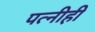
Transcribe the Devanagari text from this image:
पत्‍नीही